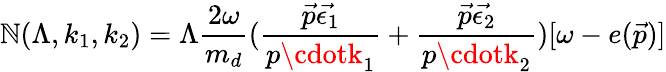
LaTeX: \mathbb{N}(\Lambda,k_{1},k_{2})=\Lambda\frac{{2\omega}}{{m_{d}}}(\frac{{\vec{{p}}\vec{{\epsilon_{1}}}}}{{p\cdotk_{1}}}+\frac{{\vec{{p}}\vec{{\epsilon_{2}}}}}{{p\cdotk_{2}}})[\omega-e(\vec{{p}})]